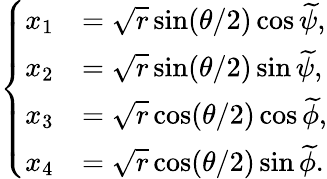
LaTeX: \left\{ \begin{array}{ll}{x_{1}}&{=\sqrt{r}\sin(\theta/2)\cos\widetilde{\psi},}\\ {x_{2}}&{=\sqrt{r}\sin(\theta/2)\sin\widetilde{\psi},}\\ {x_{3}}&{=\sqrt{r}\cos(\theta/2)\cos\widetilde{\phi},}\\ {x_{4}}&{=\sqrt{r}\cos(\theta/2)\sin\widetilde{\phi}.}\end{array}\right.